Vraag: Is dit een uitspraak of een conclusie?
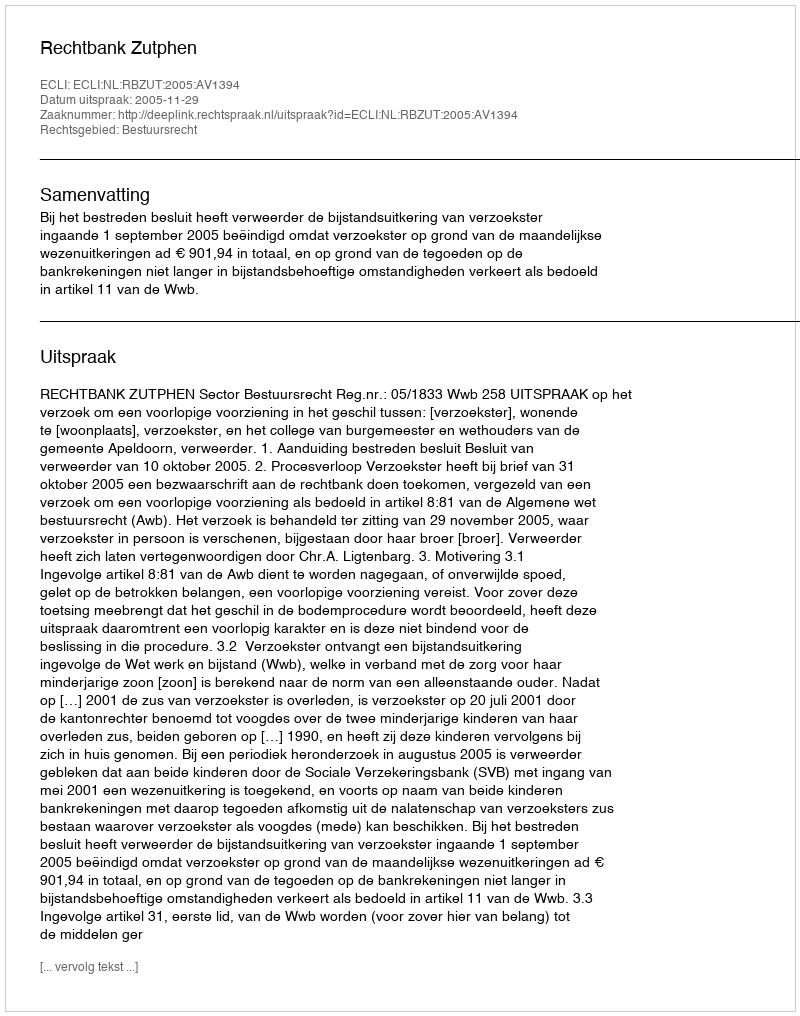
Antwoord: Uitspraak